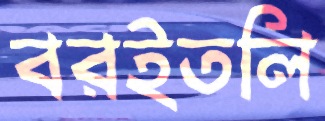
বরইতলি